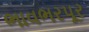
ભાવભરપૂર